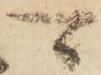
可